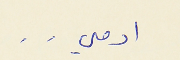
ادمي . .